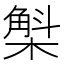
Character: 𣘳